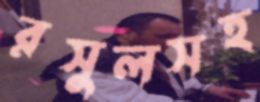
রসুলসহ